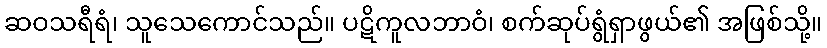
ဆဝသရီရံ၊ သူသေကောင်သည်။ ပဋိကူလဘာဝံ၊ စက်ဆုပ်ရွံရှာဖွယ်၏ အဖြစ်သို့။